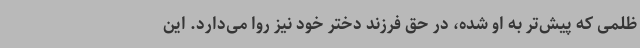
ظلمی که پیش‌تر به او شده، در حق فرزند دختر خود نیز روا می‌دارد. این